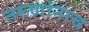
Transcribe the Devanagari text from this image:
तरुणांनाच